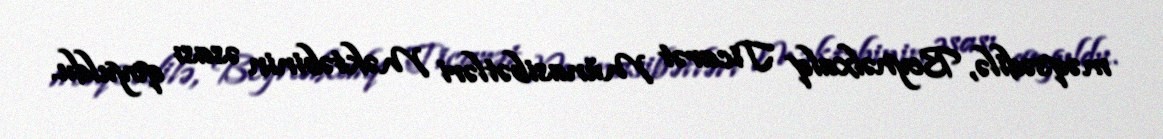
məqsədilə, Beynəlxalq Ticarət Münasibətləri Məktəbinin əsası qoyuldu.